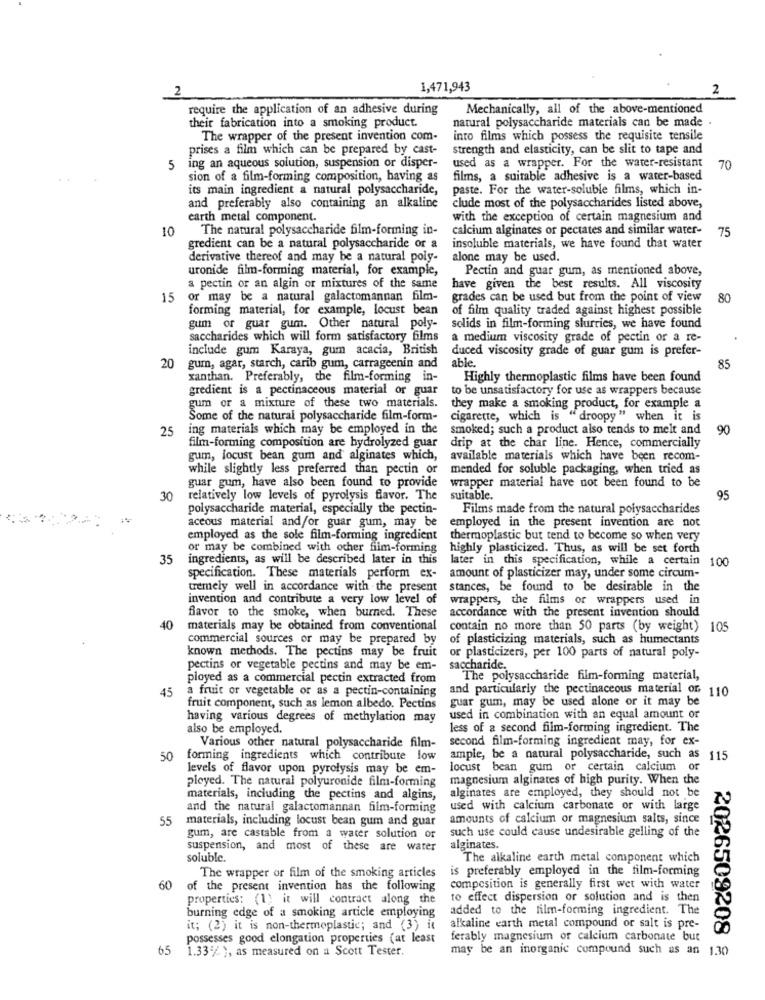
2
1,471,943
2
require the application of an adhesive during
Mechanically, all of the above-mentioned
their fabrication into a smoking product.
natural polysaccharide materials can be made .
The wrapper of the present invention com-
into films which possess the requisite tensile
prises a film which can be prepared by cast-
strength and elasticity, can be slit to tape and
5
ing an aqueous solution, suspension or disper-
used as a wrapper. For the water-resistant
70
sion of a film-forming composition, having as
films, a suitable adhesive is a water-based
its main ingredient a natural polysaccharide,
paste. For the water-soluble films, which in-
and preferably also containing an alkaline
clude most of the polysaccharides listed above,
earth metal component.
with the exception of certain magnesium and
10
The natural polysaccharide film-forming in-
calcium alginates or pectates and similar water-
75
gredient can be a natural polysaccharide or a
insoluble materials, we have found that water
derivative thereof and may be a natural poly-
alone may be used.
uronide film-forming material, for example,
Pectin and guar gum, as mentioned above,
a pectin or an algin or mixtures of the same
have given the best results. All viscosity
15
or may be a natural galactomannan film-
grades can be used but from the point of view
80
forming material, for example, locust bean
of film quality traded against highest possible
gum or guar gum. Other natural poly-
solids in film-forming slurries, we have found
saccharides which will form satisfactory films
a medium viscosity grade of pectin or a re-
include gum Karaya, gum acacia, British
duced viscosity grade of guar gum is prefer-
able
20 gum, agar, starch, carib gum, carrageenin and
85
xanthan. Preferably, the film-forming in-
Highly thermoplastic films have been found
gredient is a pectinaceous material or guar
to be unsatisfactory for use as wrappers because
gum or a mixture of these two materials.
they make a smoking product, for example a
Some of the natural polysaccharide film-form-
cigarette, which is "droopy" when it is
25
ing materials which may be employed in the
smoked; such a product also tends to melt and
90
film-forming composition are hydrolyzed guar
drip at the char line. Hence, commercially
gum, locust bean gum and alginates which,
available materials which have been recom-
while slightly less preferred than pectin or
mended for soluble packaging, when tried as
guar gum, have also been found to provide
wrapper material have not been found to be
30
relatively low levels of pyrolysis favor. The
suitable.
95
polysaccharide material, especially the pectin-
Films made from the natural polysaccharides
aceous material and/or guar gum, may be
employed in the present invention are not
employed as the sole film-forming ingredient
thermoplastic but tend to become so when very
or may be combined with other film-forming
highly plasticized. Thus, as will be set forth
35
ingredients, as will be described later in this
later in this specification, while a certain
amount of plasticizer may, under some circum-
100
specification. These materials perform ex-
tremely well in accordance with the present
stances, be found to be desirable in the
invention and contribute a very low level of
wrappers, the films or wrappers used in
accordance with the present invention should
favor to the smoke, when burned. These
40
materials may be obtained from conventional
contain no more than 50 parts (by weight)
105
commercial sources or may be prepared by
of plasticizing materials, such as humectants
known methods. The pectins may be fruit
or plasticizers, per 100 parts of natural poly-
pectins or vegetable pectins and may be em-
saccharide.
ployed as a commercial pectin extracted from
The polysaccharide film-forming material,
45
a fruit or vegetable or as a pectin-containing
and particularly the pectinaceous material of 110
guar gum, may be used alone or it may be
fruit component, such as lemon albedo. Pectins
having various degrees of methylation may
used in combination with an equal amount or
also be employed.
less of a second film-forming ingredient. The
second film-forming ingredient may, for ex-
Various other natural polysaccharide film-
50
forming ingredients which contribute low
ample, be a natural polysaccharide, such as
115
levels of flavor upon pyrolysis may be em-
locust bean gum or certain calcium or
ployed. The natural polyuronide film-forming
magnesium alginates of high purity. When the
materials, including the pectins and algins,
alginates are employed, they should not be
and the natural galactomannan film-forming
used with calcium carbonate or with large
55
materials, including locust bean gum and guar
amounts of calcium or magnesium salts, since
such use could cause undesirable gelling of the
gum, are castable from a water solution of
suspension, and most of these are water
alginates.
soluble.
The alkaline earth metal component which
is preferably employed in the film-forming
The wrapper or film of the smoking articles
60
of the present invention has the following
composition is generally first wet with water
properties: (1) it will contract along the
to effect dispersion or solution and is then
added to the film-forming ingredient. The
burning edge of a smoking article employing
it; (2) it is non-thermoplastic; and (3) it
alkaline earth metal compound or salt is pre-
possesses good elongation properties (at least
ferably magnesium of calcium carbonate but
65 1.33% }, as measured on a Scott Tester.
may be an inorganic compound such as an
2026509208 8